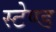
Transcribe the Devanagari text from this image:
स्‍टेण्‍ड